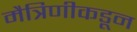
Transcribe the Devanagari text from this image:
मैत्रिणीकडून